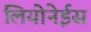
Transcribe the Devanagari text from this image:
लियोनेईस